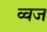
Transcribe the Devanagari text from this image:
व्वज